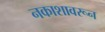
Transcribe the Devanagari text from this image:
नकाशावरून